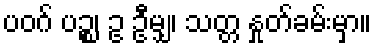
ပဝဂ် ပဉ္စ၊ ဥ ဦမျှ၊ သတ္တ နှုတ်ခမ်းမှာ။